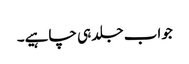
جواب جلد ہی چاہیے۔